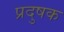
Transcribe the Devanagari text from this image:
प्रदुषक